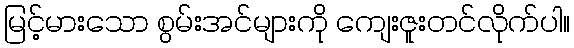
မြင့်မားသော စွမ်းအင်များကို ကျေးဇူးတင်လိုက်ပါ။